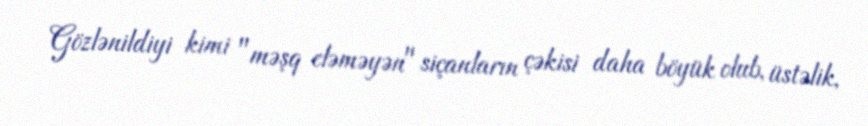
Gözlənildiyi kimi "məşq eləməyən" siçanların çəkisi daha böyük olub, üstəlik,